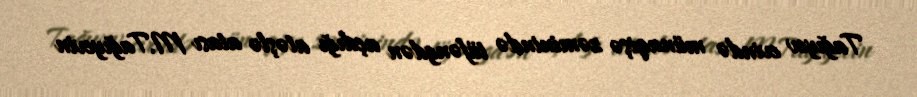
Tağıyev evində münaqişə zəminində tüfəngdən açdığı atəşlə atası M.Tağıyevin